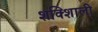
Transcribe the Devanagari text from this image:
शक्शिाली